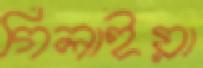
গিলাইয়া